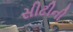
સીટીની